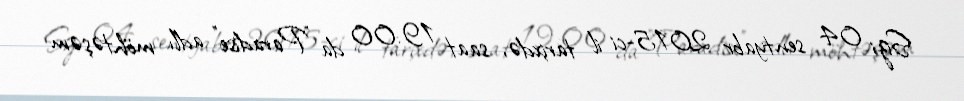
Sizi 04 sentyabr 2015-ci il tarixdə, saat 19:00 da "Paradise" adlı möhtəşəm